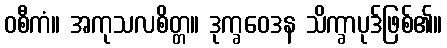
ဝစီကံ။ အကုသလစိတ္တ။ ဒုက္ခဝေဒန သိက္ခာပုဒ်ဖြစ်၏။